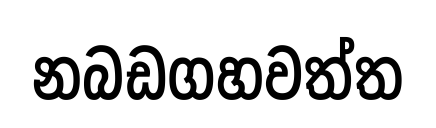
නබඩගහවත්ත